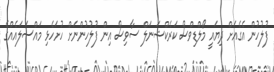
ފުލުހުން އެގެއަށް ދިޔައީ މޯލްޑިވްސް ކަރެކްޝަނަލް ސާވިސް އިން ފުލުހުންނަށް ހުށަހެޅި މައްސަލައެއްގެ